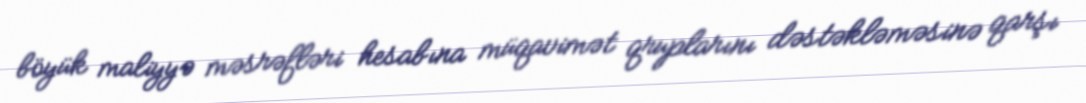
böyük maliyyə məsrəfləri hesabına müqavimət qruplarını dəstəkləməsinə qarşı